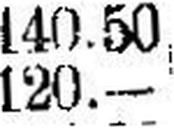
120.—